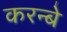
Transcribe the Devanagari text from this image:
करन्बे